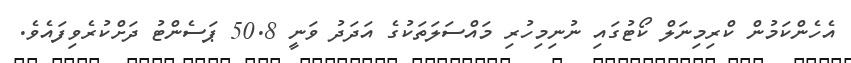
އެހެންކަމުން ކްރިމިނަލް ކޯޓުގައި ނުނިމިހުރި މައްސަލަތަކުގެ އަދަދު ވަނީ 50.8 ޕަސެންޓު ދަށްކުރެވިފައެވެ.